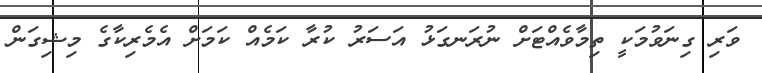
ވަރި ގިނަވުމަކީ ތިމާވެއްޓަށް ނުރަނގަޅު އަސަރު ކުރާ ކަމެއް ކަމަށް އެމެރިކާގެ މިޝިގަން